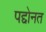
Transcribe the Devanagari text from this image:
पद्दोनत